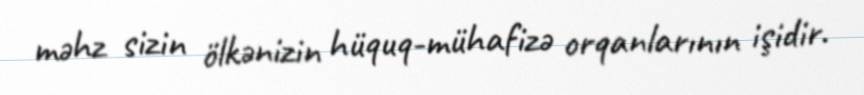
məhz sizin ölkənizin hüquq-mühafizə orqanlarının işidir.